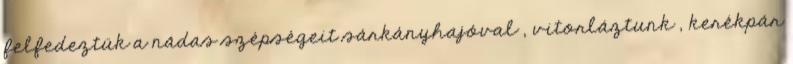
felfedeztük a nádas szépségeit sárkányhajóval , vitorláztunk , kerékpár